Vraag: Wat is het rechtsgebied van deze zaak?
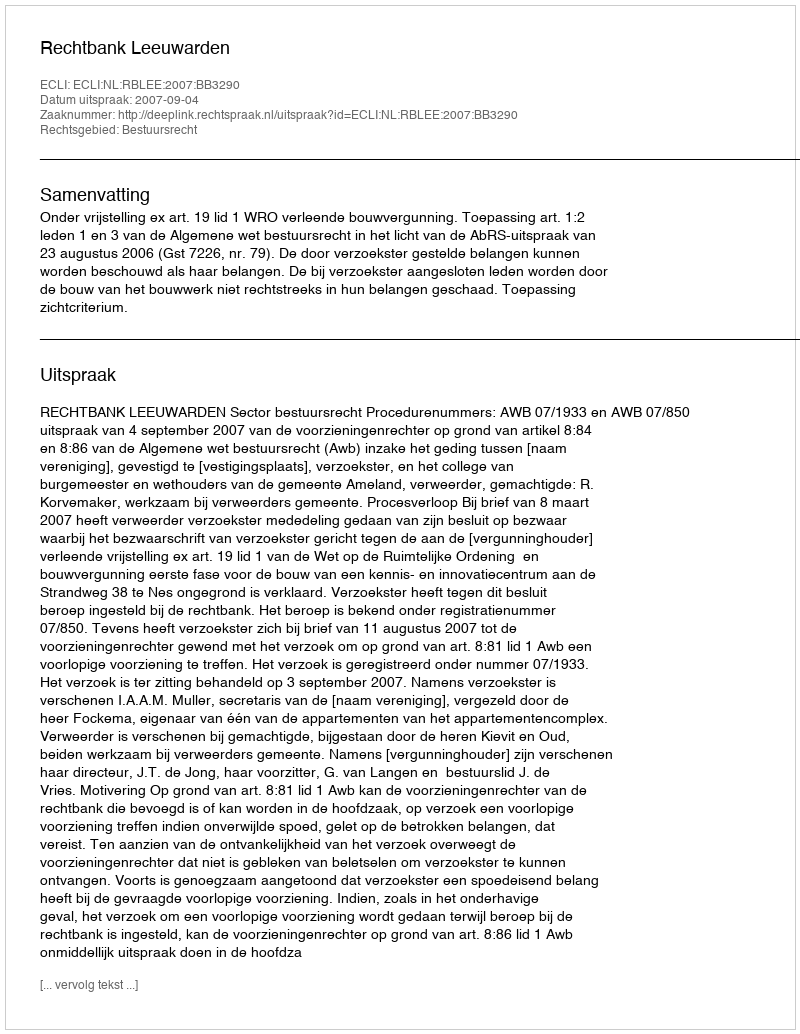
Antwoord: Bestuursrecht